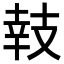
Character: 𢻏